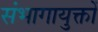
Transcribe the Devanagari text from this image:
संभागायुक्तों